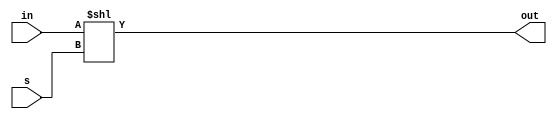
`timescale 1ns / 1ps
//////////////////////////////////////////////////////////////////////////////////
// Company: 
// Engineer: 
// 
// Design Name: 
// Module Name: rol4
// Project Name: 
// Target Devices: 
// Tool Versions: 
// Description: 
// 
// Dependencies: 
// 
// Revision:
// Revision 0.01 - File Created
// Additional Comments:
// 
//////////////////////////////////////////////////////////////////////////////////


module rol4(
    input [3:0] in,
    input [1:0] s,
    output [3:0] out
    );
    assign out = in << s;
endmodule